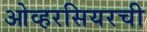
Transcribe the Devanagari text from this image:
ओव्हरसियरची